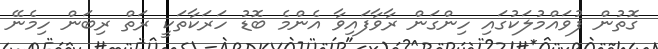
ގޮތުން ފުވައްމުލަކުގައި ހިންގަން ރާވާފައިވާ އެންމެ ބޮޑު ހަރަކާތަކީ ރަތް ރިބަން ހިމެނޭ